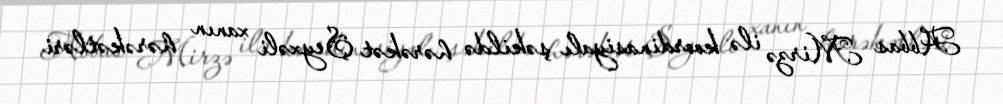
Abbas Mirzə ilə koordinasiyalı şəkildə hərəkət Şeyxəli xanın hərəkətləri